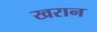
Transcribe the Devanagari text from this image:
खरान